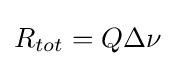
R_{tot}=Q\Delta \nu